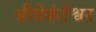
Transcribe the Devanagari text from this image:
श्रीवेकंटेश्वर